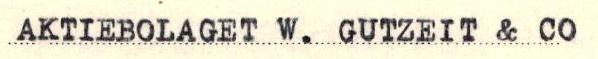
AKTIEBOLAGET W. GUTZEIT & CO